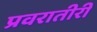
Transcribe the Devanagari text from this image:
प्रवरातीरी